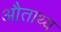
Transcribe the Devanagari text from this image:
औताथ्य